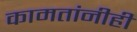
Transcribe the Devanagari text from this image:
कामतांनीही